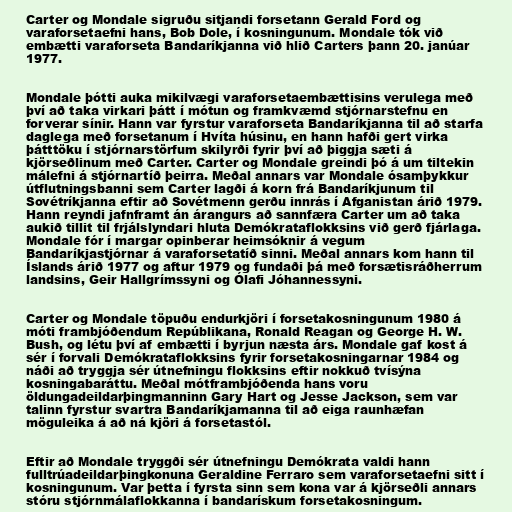
Carter og Mondale sigruðu sitjandi forsetann Gerald Ford og
varaforsetaefni hans, Bob Dole, í kosningunum. Mondale tók við
embætti varaforseta Bandaríkjanna við hlið Carters þann 20. janúar
1977.

Mondale þótti auka mikilvægi varaforsetaembættisins verulega með
því að taka virkari þátt í mótun og framkvæmd stjórnarstefnu en
forverar sínir. Hann var fyrstur varaforseta Bandaríkjanna til að starfa
daglega með forsetanum í Hvíta húsinu, en hann hafði gert virka
þátttöku í stjórnarstörfum skilyrði fyrir því að þiggja sæti á
kjörseðlinum með Carter. Carter og Mondale greindi þó á um tiltekin
málefni á stjórnartíð þeirra. Meðal annars var Mondale ósamþykkur
útflutningsbanni sem Carter lagði á korn frá Bandaríkjunum til
Sovétríkjanna eftir að Sovétmenn gerðu innrás í Afganistan árið 1979.
Hann reyndi jafnframt án árangurs að sannfæra Carter um að taka
aukið tillit til frjálslyndari hluta Demókrataflokksins við gerð fjárlaga.
Mondale fór í margar opinberar heimsóknir á vegum
Bandaríkjastjórnar á varaforsetatíð sinni. Meðal annars kom hann til
Íslands árið 1977 og aftur 1979 og fundaði þá með forsætisráðherrum
landsins, Geir Hallgrímssyni og Ólafi Jóhannessyni.

Carter og Mondale töpuðu endurkjöri í forsetakosningunum 1980 á
móti frambjóðendum Repúblikana, Ronald Reagan og George H. W.
Bush, og létu því af embætti í byrjun næsta árs. Mondale gaf kost á
sér í forvali Demókrataflokksins fyrir forsetakosningarnar 1984 og
náði að tryggja sér útnefningu flokksins eftir nokkuð tvísýna
kosningabaráttu. Meðal mótframbjóðenda hans voru
öldungadeildarþingmanninn Gary Hart og Jesse Jackson, sem var
talinn fyrstur svartra Bandaríkjamanna til að eiga raunhæfan
möguleika á að ná kjöri á forsetastól.

Eftir að Mondale tryggði sér útnefningu Demókrata valdi hann
fulltrúadeildarþingkonuna Geraldine Ferraro sem varaforsetaefni sitt í
kosningunum. Var þetta í fyrsta sinn sem kona var á kjörseðli annars
stóru stjórnmálaflokkanna í bandarískum forsetakosningum.